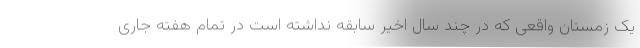
یک زمستان واقعی که در چند سال اخیر سابقه نداشته است در تمام هفته جاری